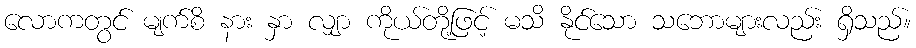
လောကတွင် မျက်စိ နား နှာ လျှာ ကိုယ်တို့ဖြင့် မသိ နိုင်သော သဘောများလည်း ရှိသည်။